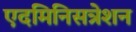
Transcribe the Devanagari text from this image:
एदमिनिसत्रेशन